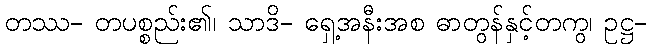
တဿ- တပစ္စည်း၏၊ သာဒိ- ရှေ့အနီးအစ ဓာတွန်နှင့်တကွ၊ ဥဋ္ဌ-